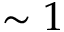
\sim 1